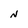
Character: N